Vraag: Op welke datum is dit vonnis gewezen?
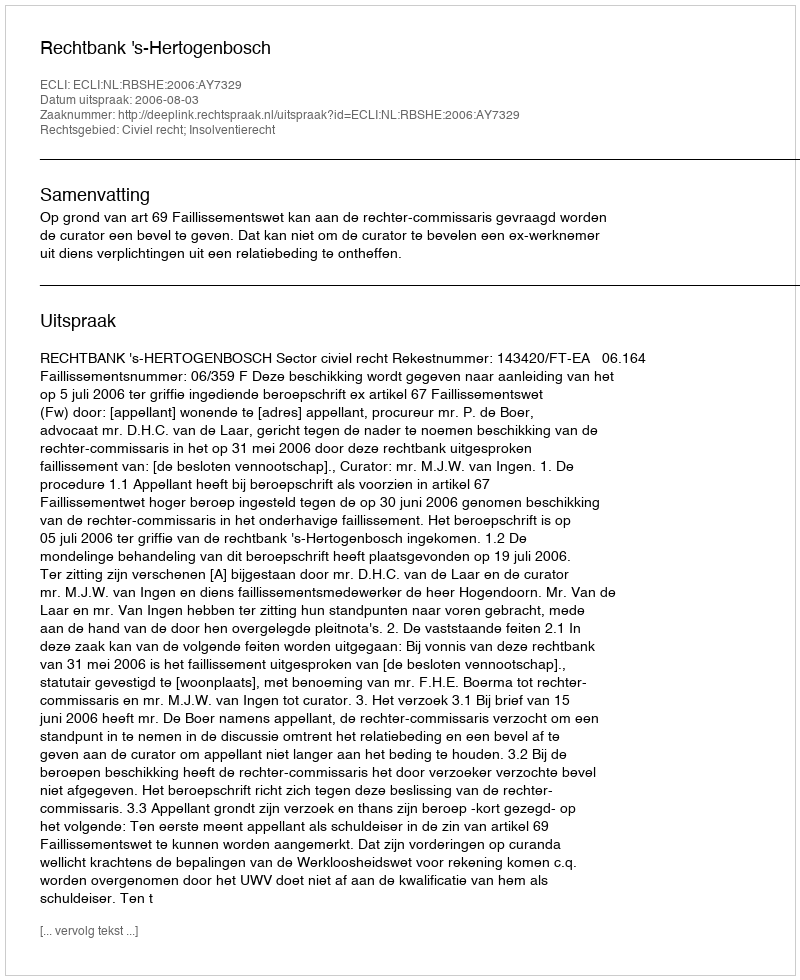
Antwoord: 2006-08-03